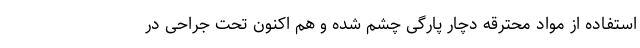
استفاده از مواد محترقه دچار پارگی چشم شده و هم اکنون تحت جراحی در